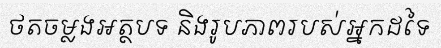
ថតចម្លងអត្ថបទ និងរូបភាពរបស់អ្នកដទៃ